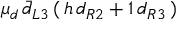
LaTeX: \mu _ { d } \, \bar { d } _ { L 3 } \, ( \, h \, d _ { R 2 } + 1 \, d _ { R 3 } \, )